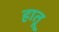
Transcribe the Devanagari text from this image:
हातू